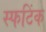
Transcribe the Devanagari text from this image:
स्फटिंक